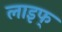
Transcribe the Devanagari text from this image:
लाइफ्